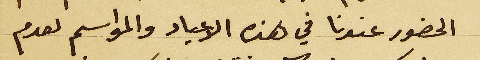
الحضور عندنا في هذه الاعياد والمواسم لعدم